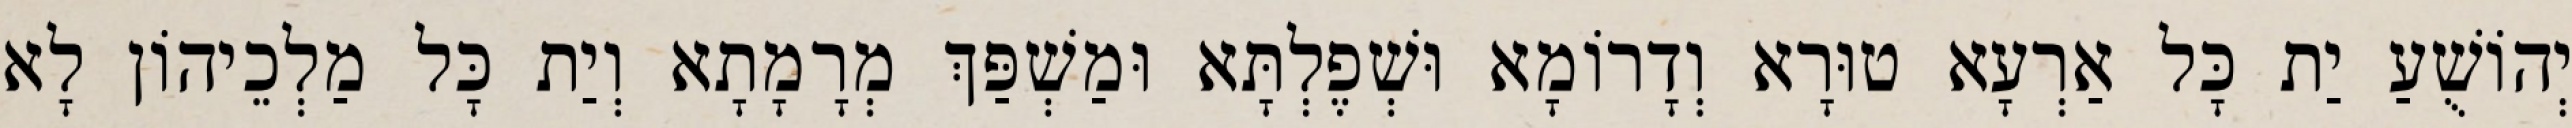
יְהוֹשֻׁעַ יַת כָּל אַרְעָא טוּרָא וְדָרוֹמָא וּשְׁפֶלְתָּא וּמַשְׁפַּךְ מְרָמָתָא וְיַת כָּל מַלְכֵיהוֹן לָא